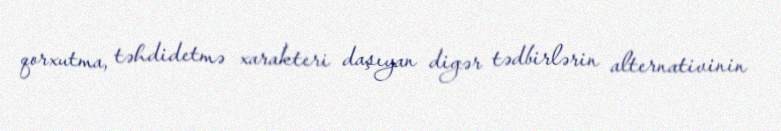
qorxutma, təhdidetmə xarakteri daşıyan digər tədbirlərin alternativinin